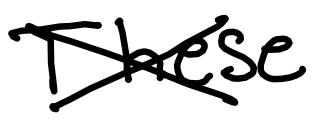
Text: These
Cross-out: cross
Writing tool: digital_black